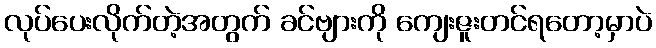
လုပ်ပေးလိုက်တဲ့အတွက် ခင်ဗျားကို ကျေးဇူးတင်ရတော့မှာပဲ